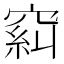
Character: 𱷉